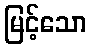
မြင့်သော